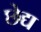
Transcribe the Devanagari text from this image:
छेद्य